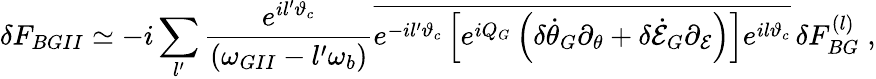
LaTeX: \delta F_{BGII}\simeq-i\sum_{l^{\prime}}\frac{e^{il^{\prime}\vartheta_{c}}}{(\omega_{GII}-l^{\prime}\omega_{b})}\overline{{e^{-il^{\prime}\vartheta_{c}}\left[e^{iQ_{G}}\left(\delta\dot{\theta}_{G}\partial_{\theta}+\delta\dot{\cal E}_{G}\partial_{\cal E}\right)\right]e^{il\vartheta_{c}}}}\, \delta F_{BG}^{(l)}\; ,